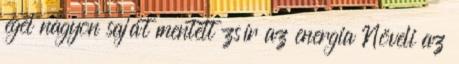
éget nagyon saját mentett zsír az energia Növeli az